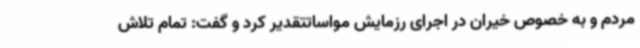
مردم و به خصوص خیران در اجرای رزمایش مواساتتقدیر کرد و گفت: تمام تلاش